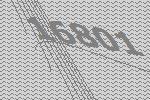
16801